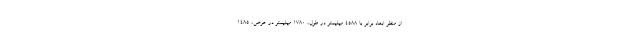
از منظر ابعاد برابر با 4588 میلیمتر در طول، 1780 میلیمتر در عرض، 1485